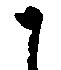
に